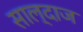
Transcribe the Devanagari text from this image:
साल्दाज